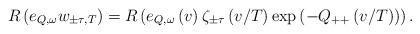
LaTeX: \begin{align*}R\left(e_{Q,\omega}w_{\pm\tau,T}\right)=R\left(e_{Q,\omega}\left(v\right)\zeta_{\pm\tau}\left(v/T\right)\exp\left(-Q_{++}\left(v/T\right)\right)\right).\end{align*}